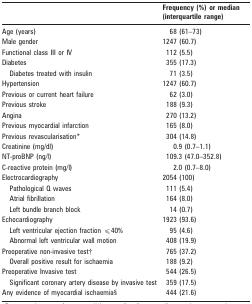
|  | Frequency (%) or median (interquartile range) |
 | --- | --- |
 | Age (years) | 68 (61–73) |
 | Male gender | 1247 (60.7) |
 | Functional class III or IV | 112 (5.5) |
 | Diabetes | 355 (17.3) |
 | Diabetes treated with insulin | 71 (3.5) |
 | Hypertension | 1247 (60.7) |
 | Previous or current heart failure | 62 (3.0) |
 | Previous stroke | 188 (9.3) |
 | Angina | 270 (13.2) |
 | Previous myocardial infarction | 165 (8.0) |
 | Previous revascularisation* | 304 (14.8) |
 | Creatinine (mg/dl) | 0.9 (0.7–1.1) |
 | NT-proBNP (ng/l) | 109.3 (47.0–352.8) |
 | C-reactive protein (mg/l) | 2.0 (0.7–8.0) |
 | Electrocardiography | 2054 (100) |
 | Pathological Q waves | 111 (5.4) |
 | Atrial fibrillation | 164 (8.0) |
 | Left bundle branch block | 14 (0.7) |
 | Echocardiography | 1923 (93.6) |
 | Left ventricular ejection fraction ⩽40% | 95 (4.6) |
 | Abnormal left ventricular wall motion | 408 (19.9) |
 | Preoperative non-invasive test† | 765 (37.2) |
 | Overall positive result for ischaemia | 188 (9.2) |
 | Preoperative Invasive test | 544 (26.5) |
 | Significant coronary artery disease by invasive test | 359 (17.5) |
 | Any evidence of myocardial ischaemia§ | 444 (21.6) |